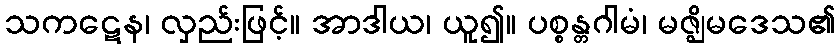
သကဋေန၊ လှည်းဖြင့်။ အာဒါယ၊ ယူ၍။ ပစ္စန္တဂါမံ၊ မဇ္ဈိမဒေသ၏